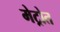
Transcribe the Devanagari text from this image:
मेट्रोत